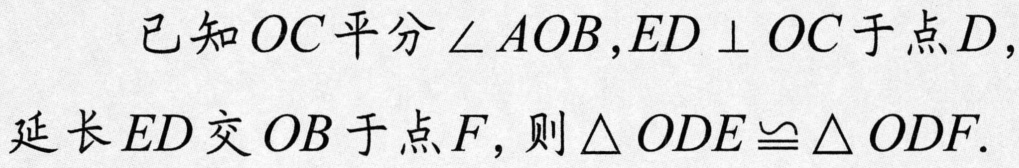
已知 \(OC\) 平分 \(\angle AOB\)，\(ED\perp OC\) 于点 \(D\)，延长 \(ED\) 交 \(OB\) 于点 \(F\)，则 \(\triangle ODE\cong\triangle ODF\).